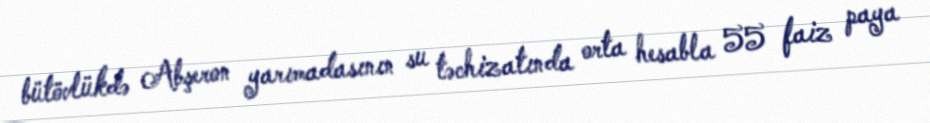
bütövlükdə Abşeron yarımadasının su təchizatında orta hesabla 55 faiz paya